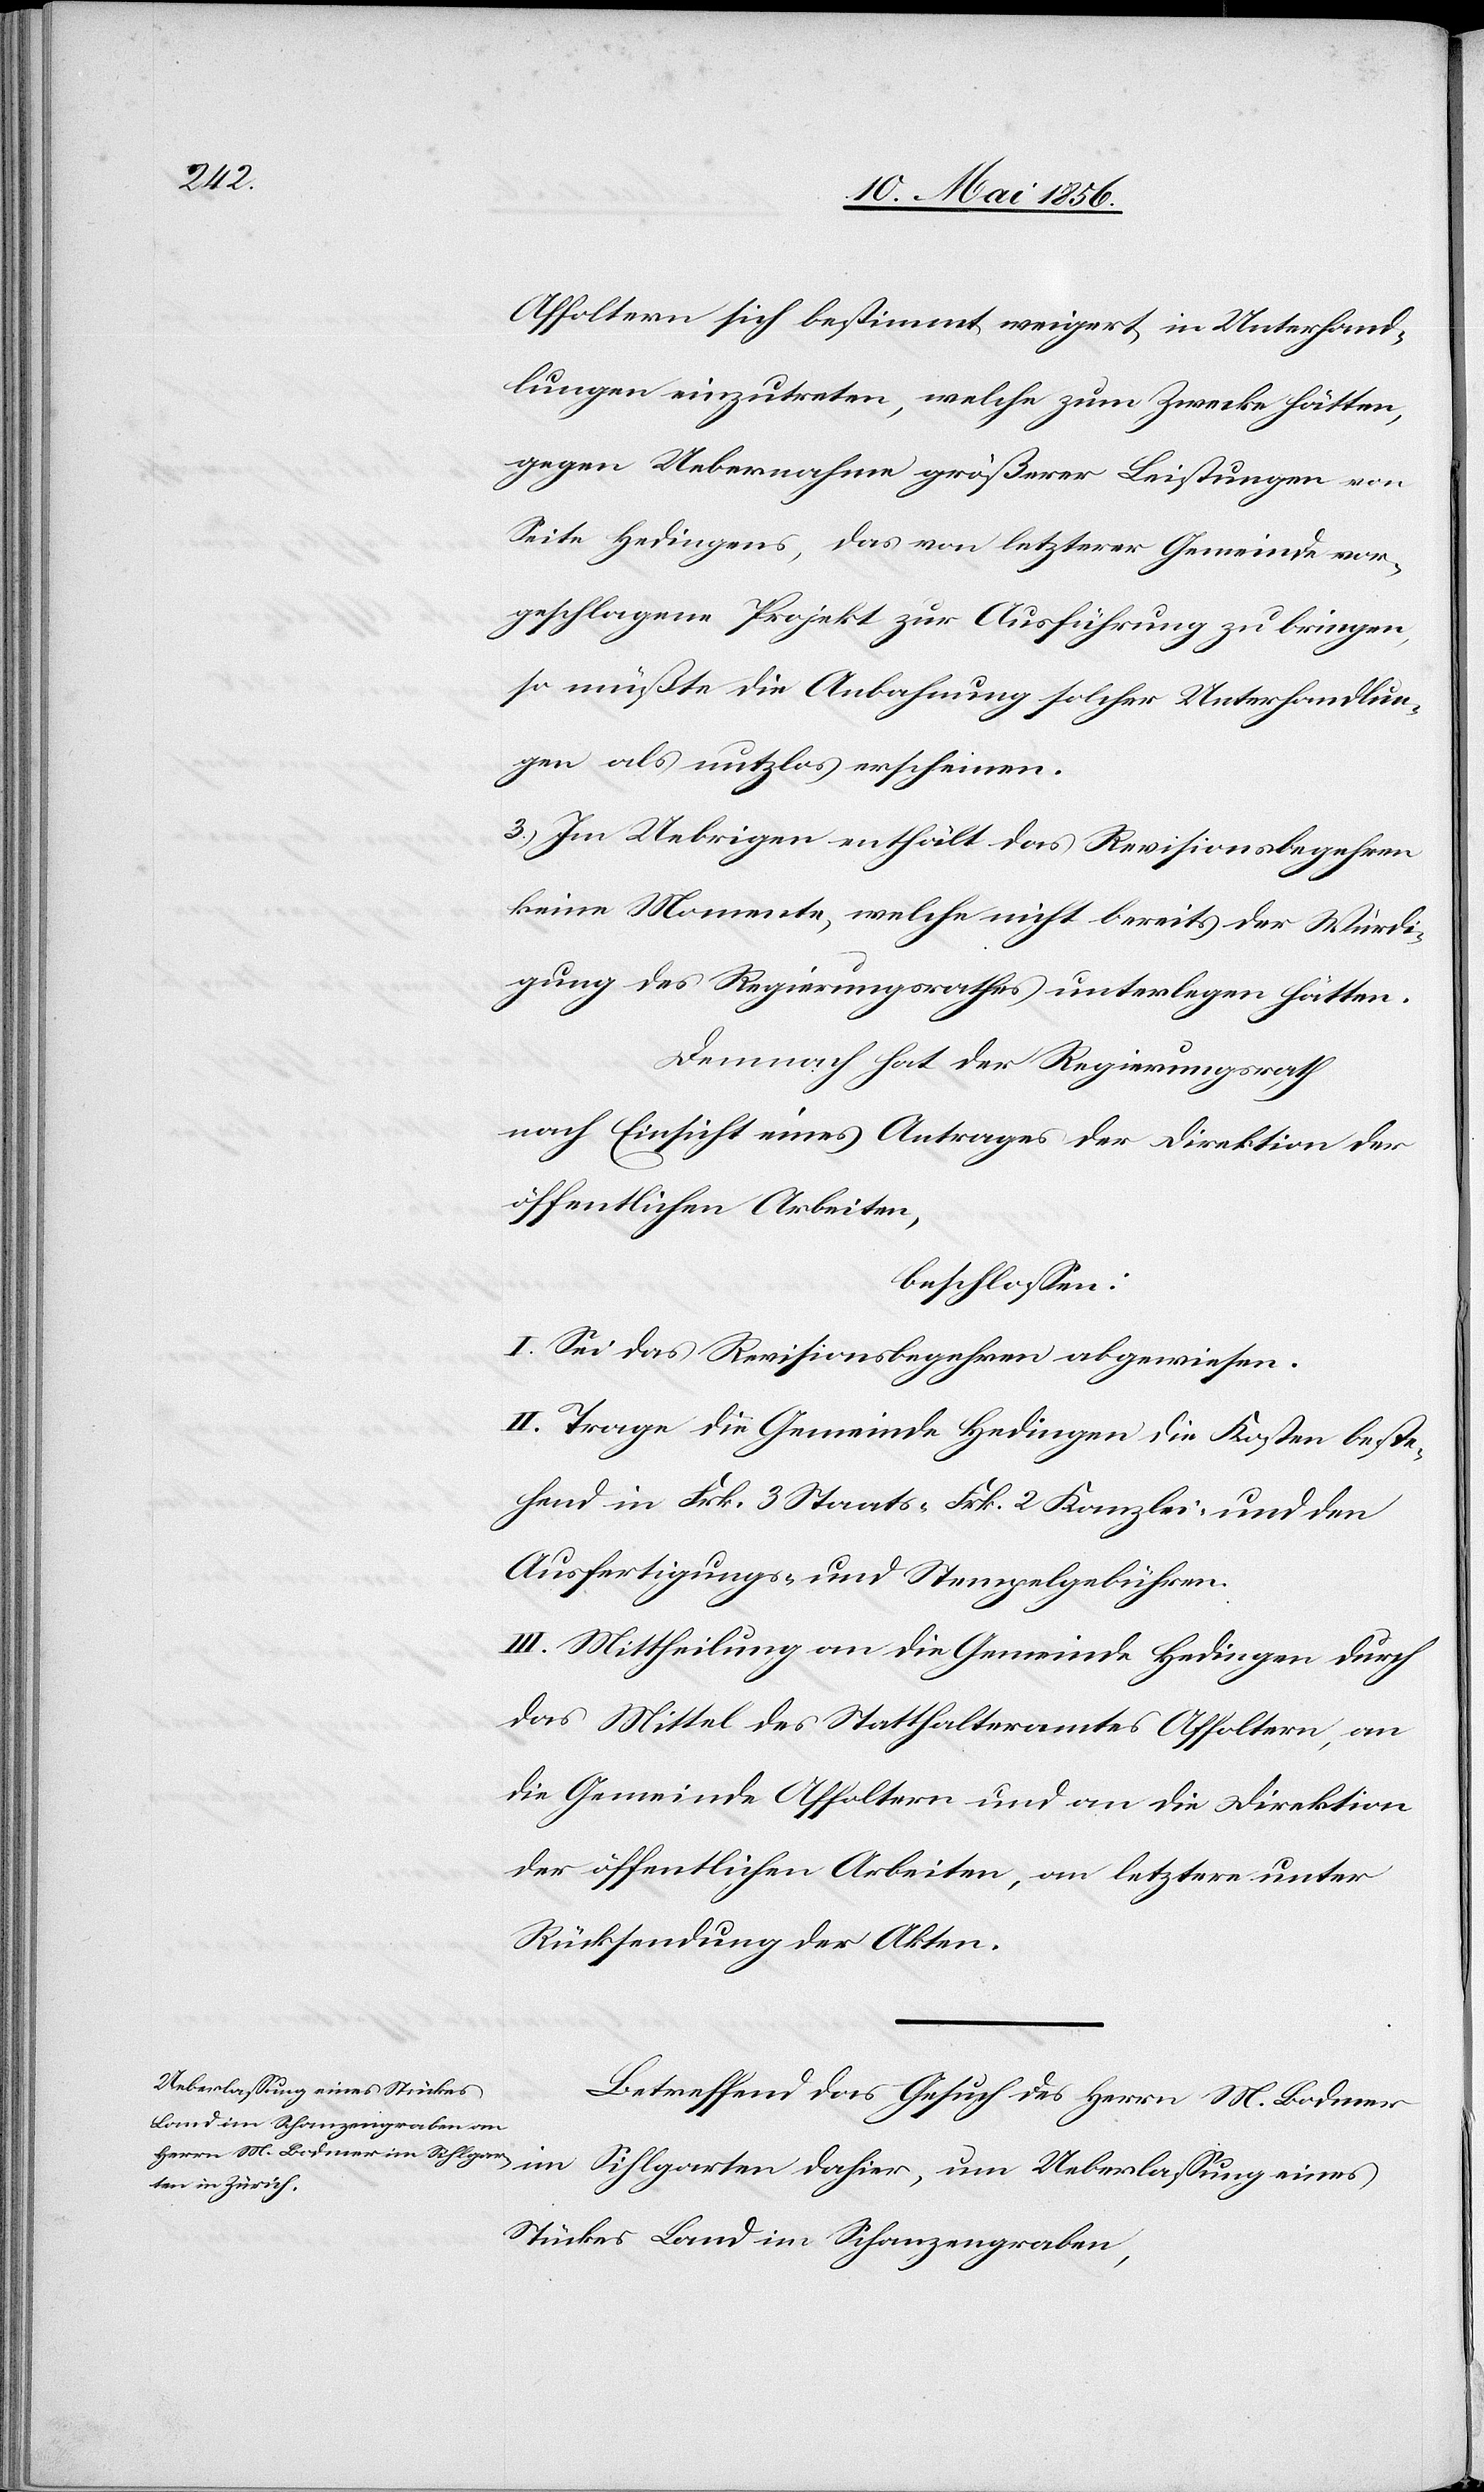
Affoltern sich bestimmt weigert, in Unterhand¬
lungen einzutreten, welche zum Zwecke hätten,
gegen Uebernahme größerer Leistungen von
Seite Hedingens, das von letzterer Gemeinde vor¬
geschlagene Projekt zur Ausführung zu bringen,
so müßte die Anbahnung solcher Unterhandlun¬
gen als nutzlos erscheinen.
3.) Im Uebrigen enthält das Revisionsbegehren
keine Momente, welche nicht bereits der Würdi¬
gung des Regierungsrathes unterlegen hätten.
Demnach hat der Regierungsrath
nach Einsicht eines Antrages der Direktion der
öffentlichen Arbeiten,
beschlossen:
I. Sei das Revisionsbegehren abgewiesen.
II. Trage die Gemeinde Hedingen die Kosten beste¬
hend in Frk. 3 Staats- [,] Frk. 2 Kanzlei- und den
Ausfertigungs- und Stempelgebühren.
III. Mittheilung an die Gemeinde Hedingen durch
das Mittel des Statthalteramtes Affoltern, an
die Gemeinde Affoltern und an die Direktion
der öffentlichen Arbeiten, an letztere unter
Rücksendung der Akten.
Ueberlassung eines Stückes
Betreffend das Gesuch des Herrn M. Bodmer
Land im Schanzengraben,